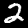
Label: 2